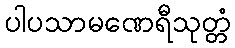
ပါပသာမဏေရီသုတ္တံ